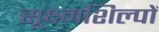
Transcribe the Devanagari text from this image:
सूक्ष्मशिल्पों